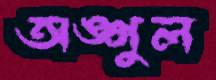
অঙ্গুল